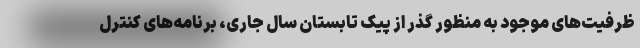
ظرفیت‌های موجود به منظور گذر از پیک تابستان سال جاری، برنامه‌های کنترل